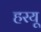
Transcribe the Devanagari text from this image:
हरयू